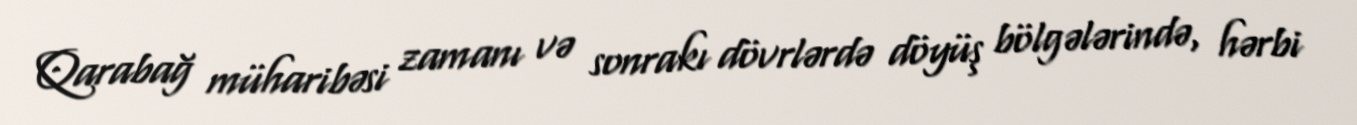
Qarabağ müharibəsi zamanı və sonrakı dövrlərdə döyüş bölgələrində, hərbi